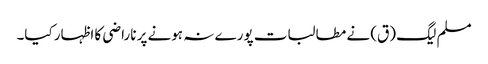
مسلم لیگ (ق) نے مطالبات پورے نہ ہونے پر ناراضی کا اظہار کیا۔